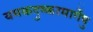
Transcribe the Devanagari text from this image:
यमकदुष्करमार्गेषु